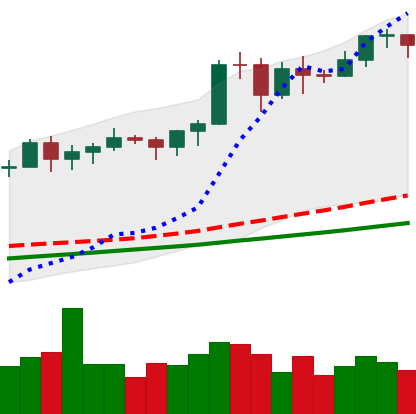
Ticker: BTC-USD
Chart end date: 2020-11-14
Forward return: 10.885%
Label: up_7plus